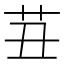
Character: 𰰪